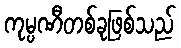
ကုမ္ပဏီတစ်ခုဖြစ်သည်